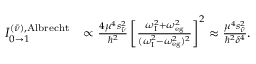
\begin{array} { r l } { I _ { 0 \to 1 } ^ { ( \bar { \nu } ) , \mathrm { A l b r e c h t } } } & { \propto \frac { 4 \mu ^ { 4 } s _ { \bar { \nu } } ^ { 2 } } { \hbar ^ { 2 } } \left[ \frac { \omega _ { \mathrm { { I } } } ^ { 2 } + \omega _ { \mathrm { e g } } ^ { 2 } } { ( \omega _ { \mathrm { { I } } } ^ { 2 } - \omega _ { \mathrm { e g } } ^ { 2 } ) ^ { 2 } } \right] ^ { 2 } \approx \frac { \mu ^ { 4 } s _ { \bar { \nu } } ^ { 2 } } { \hbar ^ { 2 } \delta ^ { 4 } } . } \end{array}